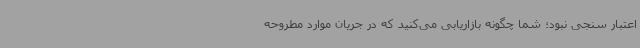
اعتبار سنجی نبود؛ شما چگونه بازاریابی می‌کنید که در جریان موارد مطروحه